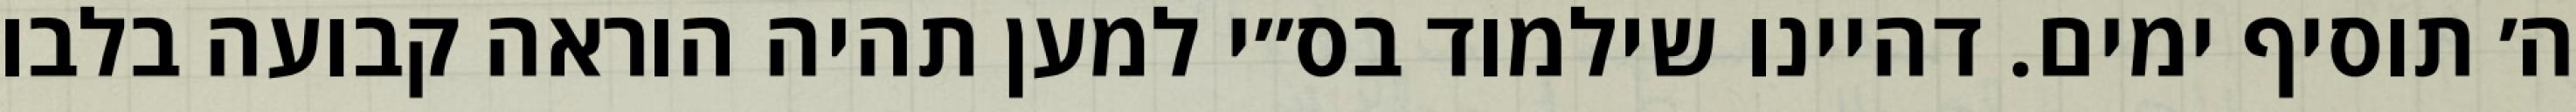
ה׳ תוסיף ימים. דהיינו שילמוד בס״י למען תהיה הוראה קבועה בלבו